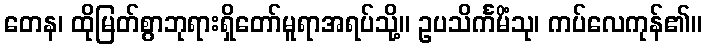
တေန၊ ထိုမြတ်စွာဘုရားရှိတော်မူရာအရပ်သို့။ ဥပသိင်္ကမိံသု၊ ကပ်လေကုန်၏။